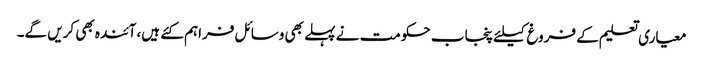
معیاری تعلیم کے فروغ کیلئے پنجاب حکومت نے پہلے بھی وسائل فراہم کئے ہیں، آئندہ بھی کریں گے۔